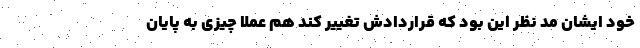
خود ایشان مد نظر این بود که قراردادش تغییر کند هم عملا چیزی به پایان